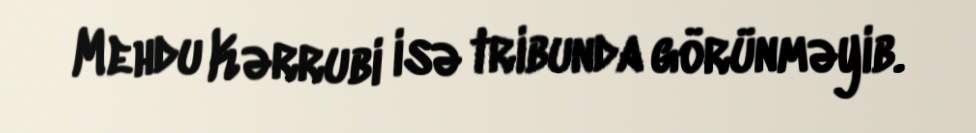
Mehdu Kərrubi isə tribunda görünməyib.